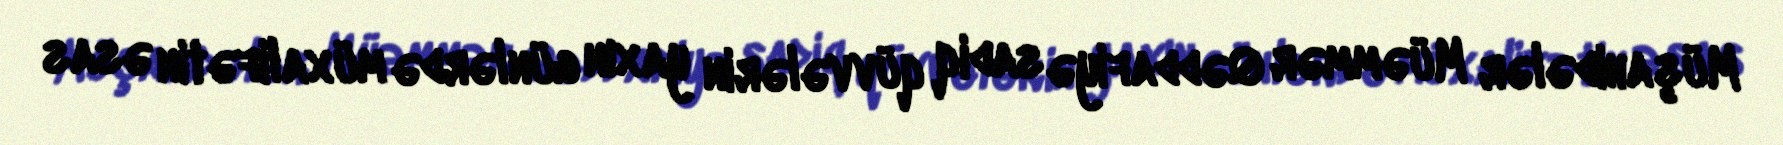
Müşahidələr Müəmmər Qəddafiyə sadiq qüvvələrin yaxın günlərdə müxalifətin əsas